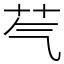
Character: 芞